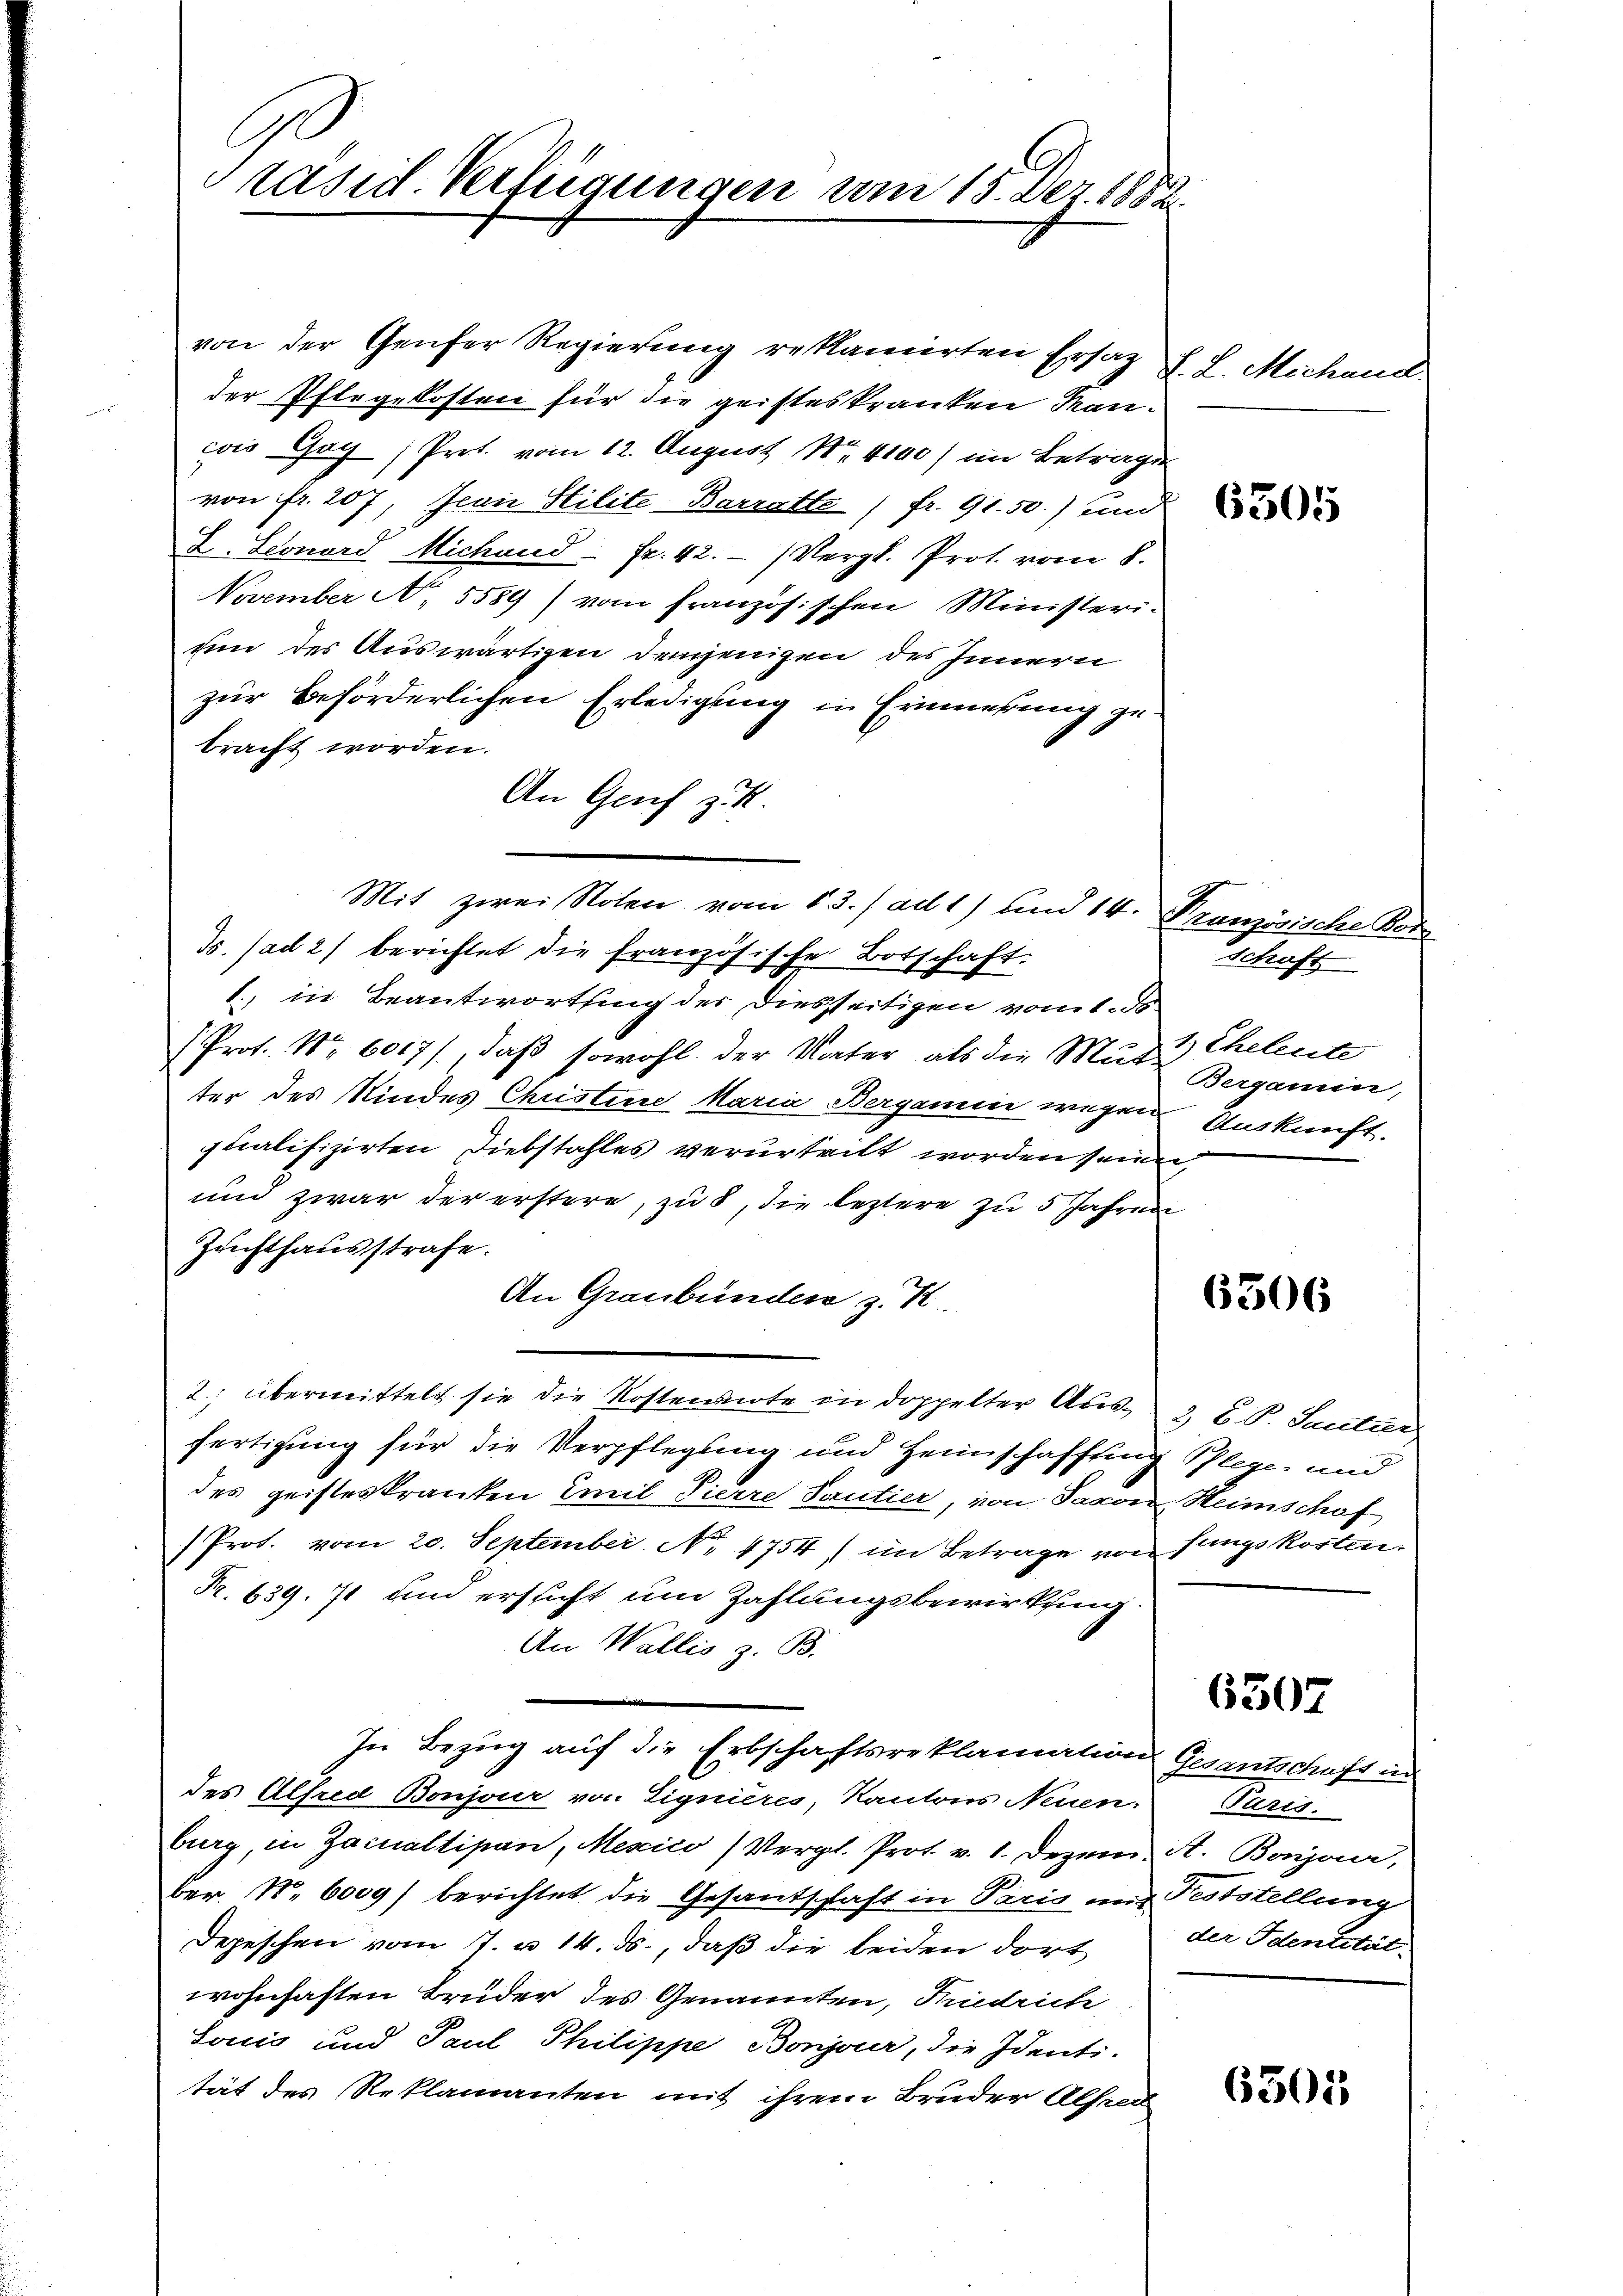
Präsid. Verfügungen vom 15. Dez. 1882

von der Genfer Regierung reklamirten Ersatz
der Pflegekosten für die geisteskranken Kanwis Gog ) Prot. vom 12. August Nr. 4100) im Betragen
von fr. 207, Jean Stilite-Barratte / fr. 91. 50.) und
Z. Leonard Michand- Fr. 42. - (Vergl. Prot. vom 8.
November N. 5589) vom französischen Ministeri-
um der Auswärtigen demjenigen des Innern
zur Beförderlichen Erledigung in Erinnerung gebracht worden.
An Genf z.
Mit zwei Noten vom 13. / ad 1) und 14.
Ts. (ad 2) berichtet die französische Botschaft.
1., in Beantwortung der diesseitigen vom 1. ds.
Prot. Nr. 6017), daß sowohl der Vater als die Muri Eheleute
ter des Kindes Christine Maria Berganen wegen Auskunft.
qualifizirten Diebstahles verurteilt worden sein
und zwar der erstere, zu 8, die leztere zu 5 Jahren
Zuchthausstrafe.
An Graubünden z. R.
2. übermittelt sie die Kostennote in doppelter Ausfertigung für die Verpflegung und Heimschaffung Pflege und
des geisteskranken Emil Tierre Santier, von Saane
/Prot. vom 20. September No. 4754 im Betrage von fungskorten.
Nr. 639. 71 um ersticht um Zahlungsbewirkung
An Wallis z. B.
In Bezug auf die Erbschaftsreklamation Gesantschaft in
des Alfred Bonjour von Lignieres, Kantons Neuen. Paris.
burg, in Zacualtipan, Mexico (Vergl. Prot. v. 1. Dezem. A. Bonjaar,
ber. N. 6009) berichtet die Gesantschaft in Paris mit Feststellung
Depeschen vom 7. u. 14. ds., daß die beiden dort
wohnhaften Bruder des Genannten, Friedrich
Louis und Paul Philippe Bonjour, die Identi-
tät des Reklamanten mit ihrem Bruder Alfred

d. L. Mechand.

6305

Tranzösische Ver
Bergani,
de

Schaft

6306

3 Bd. Leute
Heimschaf

6307

der Identität.

6305